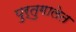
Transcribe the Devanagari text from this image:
पुर्तुगालेत